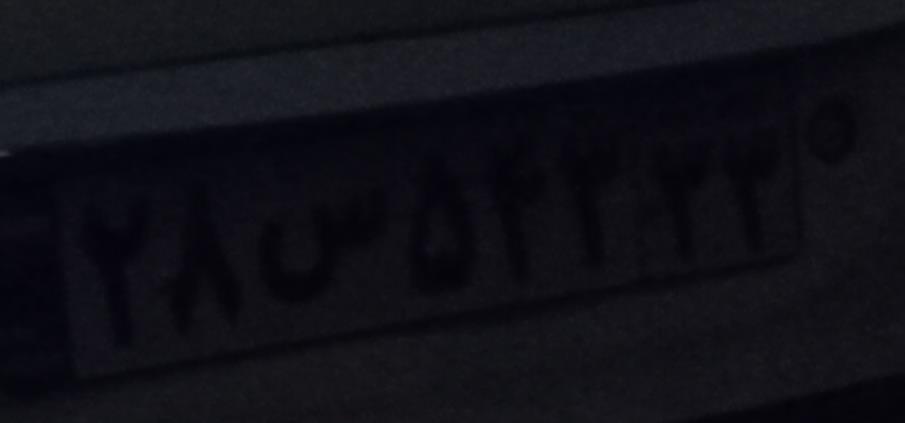
۲۸س۵۴۳۳۳